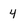
Character: 4